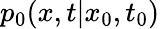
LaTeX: p_{0}(x,t|x_{0},t_{0})